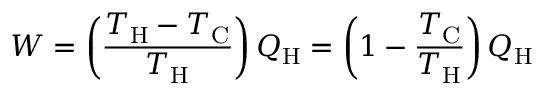
W = \left( { \frac { T _ { \mathrm { H } } - T _ { \mathrm { C } } } { T _ { \mathrm { H } } } } \right) Q _ { \mathrm { H } } = \left( 1 - { \frac { T _ { \mathrm { C } } } { T _ { \mathrm { H } } } } \right) Q _ { \mathrm { H } }